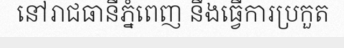
នៅរាជធានីភ្នំពេញ នឹងធ្វើការប្រកួត